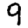
Digit: 9